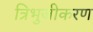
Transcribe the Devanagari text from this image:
त्रिभुजीकरण